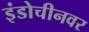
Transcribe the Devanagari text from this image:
इंडोचीनवर